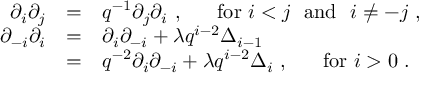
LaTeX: \begin{array} { r c l } { { \partial _ { i } \partial _ { j } } } & { { = } } & { { q ^ { - 1 } \partial _ { j } \partial _ { i } ~ , ~ ~ ~ ~ ~ \mathrm { f o r } ~ i < j ~ ~ \mathrm { a n d } ~ ~ i \not = - j ~ , } } \\ { { \partial _ { - i } \partial _ { i } } } & { { = } } & { { \partial _ { i } \partial _ { - i } + \lambda q ^ { i - 2 } \Delta _ { i - 1 } } } \\ { { } } & { { = } } & { { q ^ { - 2 } \partial _ { i } \partial _ { - i } + \lambda q ^ { i - 2 } \Delta _ { i } ~ , ~ ~ ~ ~ ~ \mathrm { f o r } ~ i > 0 ~ . } } \end{array}